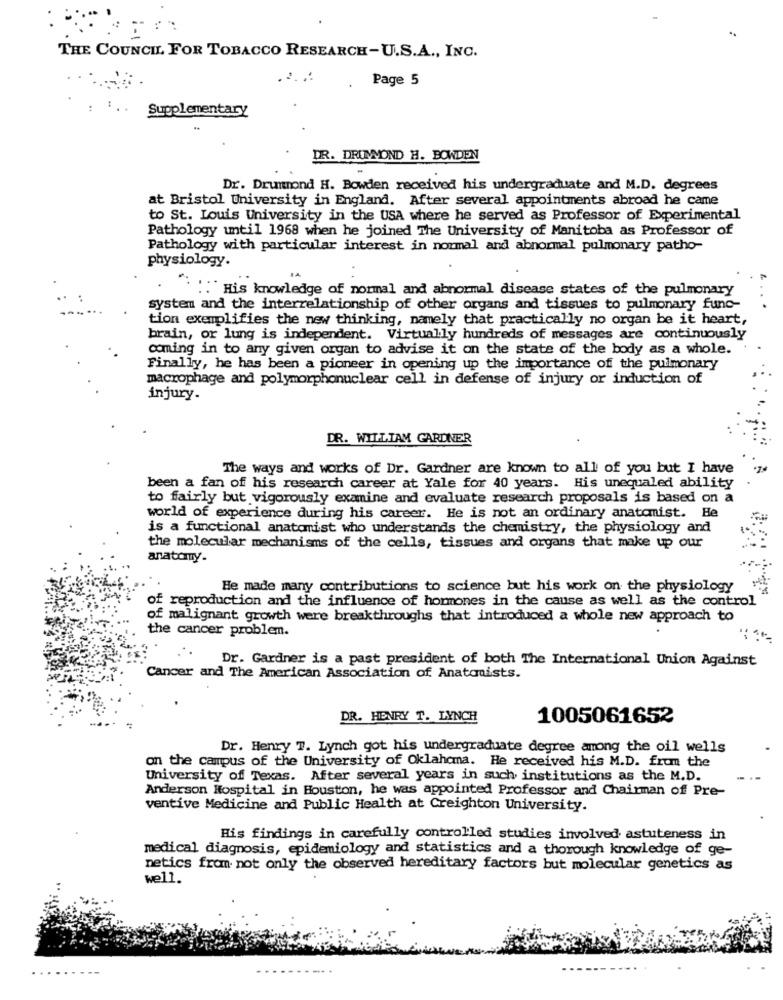
THE COUNCIL FOR TOBACCO RESEARCH-U.S.A ., INC.
Page 5
: :. .
Supplementary
DR. DRUMMOND H. BOWDEN
Dr. Drummond H. Bowden received his undergraduate and M.D. degrees
at Bristol University in England. After several appointments abroad he came
to St. Louis University in the USA where he served as Professor of Experimental
Pathology until 1968 when he joined The University of Manitoba as Professor of
Pathology with particular interest in normal and abnormal pulmonary patho-
physiology.
.":"His knowledge of normal and abnormal disease states of the pulmonary
system and the interrelationship of other organs and tissues to pulmonary func-
tion exemplifies the new thinking, namely that practically no organ be it heart,
brain, or lung is independent. Virtually hundreds of messages are continuously
coming in to any given organ to advise it on the state of the body as a whole.
Finally, he has been a pioneer in opening up the importance of the pulmonary
macrophage and polymorphonuclear cell in defense of injury or induction of
injury.
DR. WILLIAM GARDNER
The ways and works of Dr. Gardner are known to all of you but I have
been a fan of his research career at Yale for 40 years. His unequaled ability
to fairly but vigorously examine and evaluate research proposals is based on a
world of experience during his career. He is not an ordinary anatomist. He
is a functional anatomist who understands the chemistry, the physiology and
the molecular mechanisms of the cells, tissues and organs that make up our
anatomy.
He made many contributions to science but his work on the physiology
E reproduction and the influence of hormones in the cause as well as the control
of malignant growth were breakthroughs that introduced a whole new approach to
the cancer problem.
Dr. Gardner is a past president of both The International Union Against
Cancer and The American Association of Anatomists.
DR. HENRY T. LYNCH
1005061652
Dr. Henry T. Lynch got his undergraduate degree among the oil wells
on the campus of the University of Oklahoma. He received his M.D. from the
University of Texas. After several years in such institutions as the M.D.
Anderson Hospital in Houston, he was appointed Professor and Chairman of Pre-
ventive Medicine and Public Health at Creighton University.
His findings in carefully controlled studies involved astuteness in
medical diagnosis, epidemiology and statistics and a thorough knowledge of ge-
netics from not only the observed hereditary factors but molecular genetics as
well.